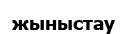
жыныстау